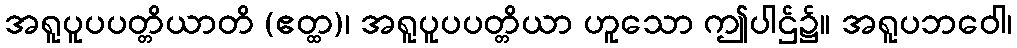
အရူပူပပတ္တိယာတိ (ဧတ္ထ)၊ အရူပူပပတ္တိယာ ဟူသော ဤပါဌ်၌။ အရူပဘဝေါ၊